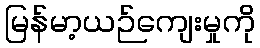
မြန်မာ့ယဉ်ကျေးမှုကို